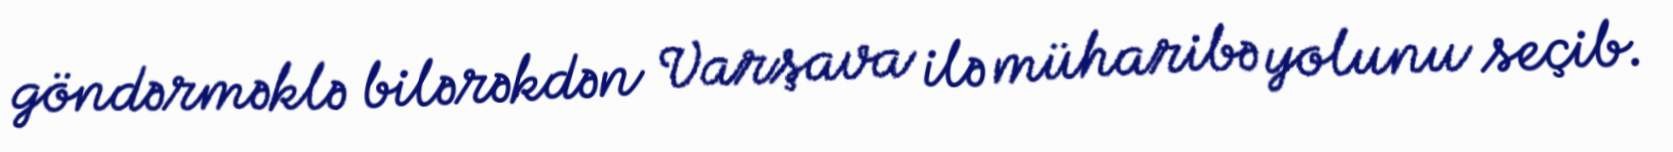
göndərməklə bilərəkdən Varşava ilə müharibə yolunu seçib.